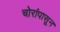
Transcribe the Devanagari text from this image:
चोरांपासून